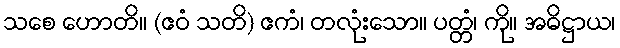
သစေ ဟောတိ။ (ဧဝံ သတိ) ဧကံ၊ တလုံးသော။ ပတ္တံ၊ ကို။ အဓိဋ္ဌာယ၊